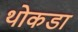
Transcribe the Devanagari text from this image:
थोकडा